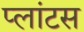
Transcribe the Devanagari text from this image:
प्लांटस